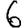
Digit: 6